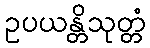
ဥပယန္တိသုတ္တံ